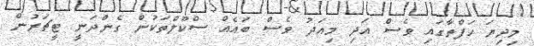
މިދިޔަ ހަފްތާގައި ވެސް އަދި މިއަދު ވެސް ބައެއް ސްކޫލްތަކުން ގެންދަނީ ޓީޗަރުން